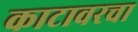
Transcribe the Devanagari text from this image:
काटावरचा